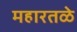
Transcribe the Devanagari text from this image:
महारतळे